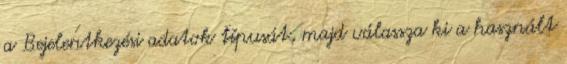
a Bejelentkezési adatok típusát, majd válassza ki a használt